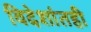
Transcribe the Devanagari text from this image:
विदेशांतही